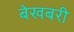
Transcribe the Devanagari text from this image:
बेखबरी